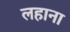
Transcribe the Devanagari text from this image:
लहाना